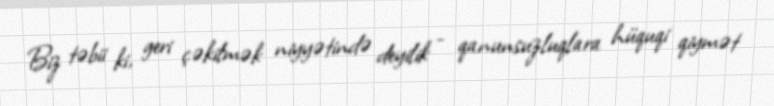
Biz təbii ki, geri çəkilmək niyyətində deyilik - qanunsuzluqlara hüquqi qiymət